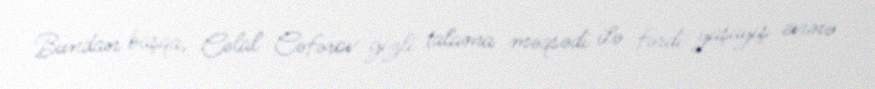
Bundan başqa, Cəlal Cəfərov gizli talama məqsədi ilə fərdi yaşayış evinə